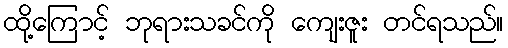
ထို့ကြောင့် ဘုရားသခင်ကို ကျေးဇူး တင်ရသည်။